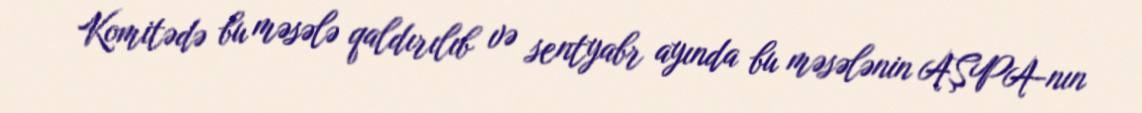
Komitədə bu məsələ qaldırılıb və sentyabr ayında bu məsələnin AŞPA-nın